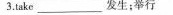
3.take\underline发生;举行